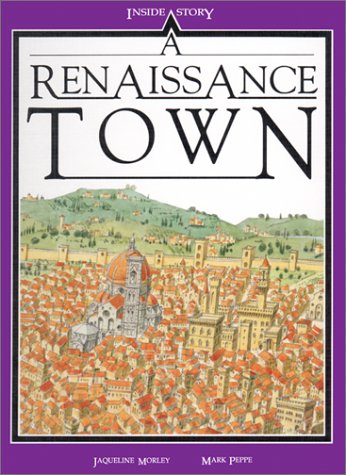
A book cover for A Renaissance Town; Jacqueline Morley; Children's Books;